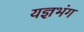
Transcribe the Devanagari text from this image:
यज्ञभंग